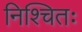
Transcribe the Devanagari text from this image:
निश्चितः